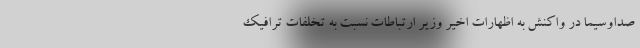
صداوسیما در واکنش به اظهارات اخیر وزیر ارتباطات نسبت به تخلفات ترافیک